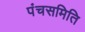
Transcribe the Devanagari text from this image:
पंचसमिति